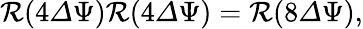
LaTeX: \begin{array}{r}{\mathcal{R}(4{\mathit\Delta\Psi})\mathcal{R}(4{\mathit\Delta\Psi})=\mathcal{R}(8{\mathit\Delta\Psi}),}\end{array}